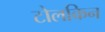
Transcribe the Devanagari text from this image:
टोलकिन